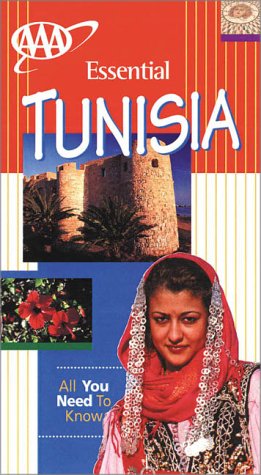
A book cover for AAA Essential Guide: Tunisia (AAA Essential Guides); Peter Lilley; Travel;